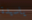
ياسيدة